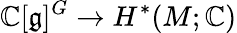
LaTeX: \mathbb{C}[{\mathfrak{g}}]^{G}\to H^{*}(M;\mathbb{C})